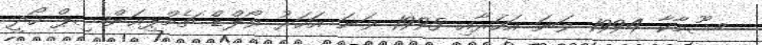
ޝޫމާކާ 1994 ވަނަ އަހަރާއި 1995 ވަނަ އަހަރު ވޯލްޑް ޗެމްޕިއަންޝިޕް ހޯދީ